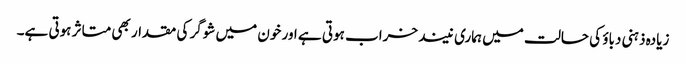
زیادہ ذہنی دباؤ کی حالت میں ہماری نیند خراب ہوتی ہے اور خون میں شوگر کی مقدار بھی متاثر ہوتی ہے۔